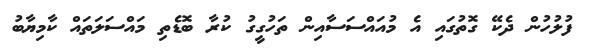
ފުލުހުން ދެކޭ ގޮތުގައި އެ މުއައްސަސާއިން ތަހުގީގު ކުރާ ބޮޑެތި މައްސަލަތައް ކާމިޔާބު